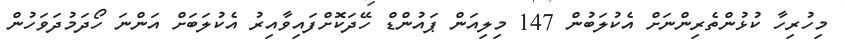
މިހުރިހާ ކުޅުންތެރިންނަށް އެކުލަބުން 147 މިލިއަން ޕައުންޑް ހޭދަކޮށްފައިވާއިރު އެކުލަބަށް އަންނަ ހޯދަމުދަވަހުން